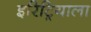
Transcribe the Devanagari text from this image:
इरिट्रियाला